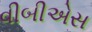
વીબીએસ